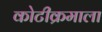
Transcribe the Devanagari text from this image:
कोटीक्रमाला